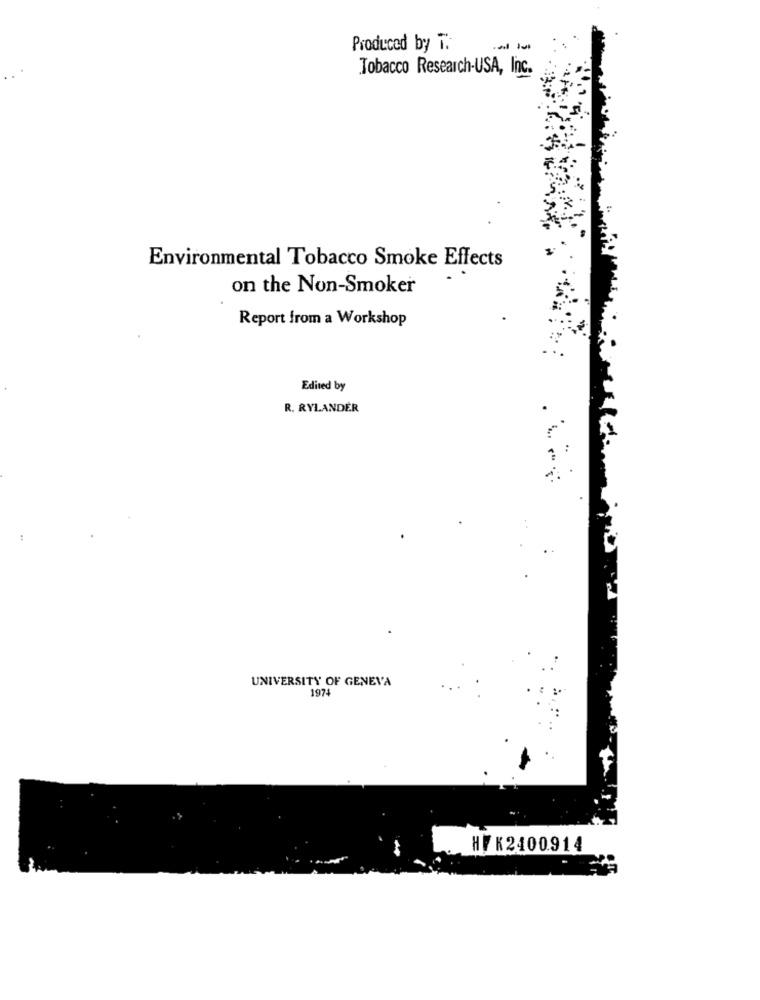
Produced by T.
-
Tobacco Research-USA, Inc.
..
Environmental Tobacco Smoke Effects
on the Non-Smoker
Report from a Workshop
Edited by
R. RYLANDER
UNIVERSITY OF GENEVA
197
HFK2400914